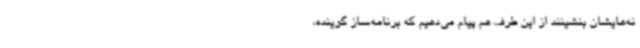
نه‌هایشان بنشینند از این طرف هم پیام می‌دهیم که برنامه‌ساز گوینده،